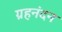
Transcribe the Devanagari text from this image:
ग्रहनंदन